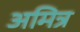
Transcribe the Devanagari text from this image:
अमित्र